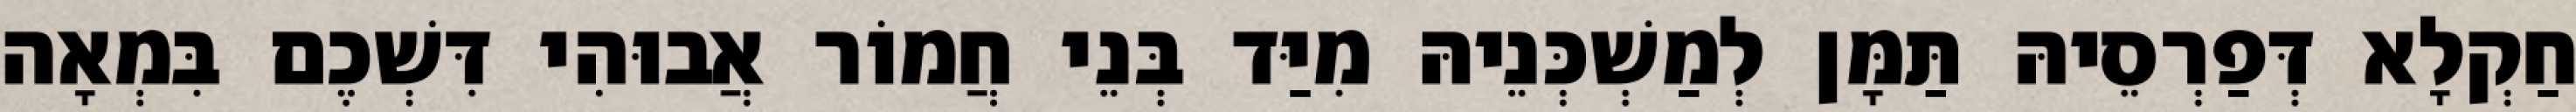
חַקְלָא דְּפַרְסֵיהּ תַּמָּן לְמַשְׁכְּנֵיהּ מִיַּד בְּנֵי חֲמוֹר אֲבוּהִי דִּשְׁכֶם בִּמְאָה